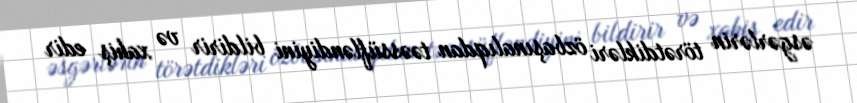
əsgərlərin törətdikləri özbaşınalıqdan təəssüfləndiyini bildirir və xahiş edir